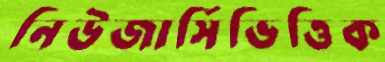
নিউজার্সিভিত্তিক